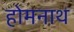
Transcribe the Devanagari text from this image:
होमनाथ